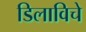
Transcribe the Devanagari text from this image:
डिलाविचे